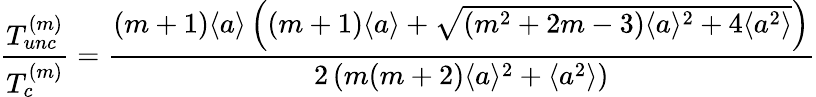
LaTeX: \frac{T_{unc}^{(m)}}{T_{c}^{(m)}}=\frac{\left(m+1\right)\langle a\rangle\left(\left(m+1\right)\langle a\rangle+\sqrt{(m^{2}+2m-3)\langle a\rangle^{2}+4\langle a^{2}\rangle}\right)}{2\left(m(m+2)\langle a\rangle^{2}+\langle a^{2}\rangle\right)}